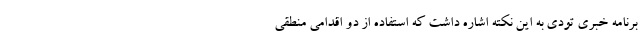
برنامه خبری تودی به این نکته اشاره داشت که استفاده از دو اقدامی منطقی